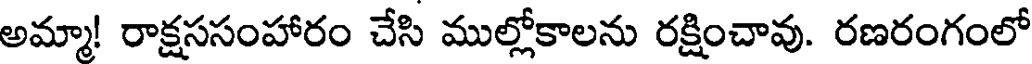
అమ్మా! రాక్షససంహారం చేసి ముల్లోకాలను రక్షించావు. రణరంగంలో